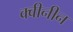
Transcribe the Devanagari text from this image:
क्वीनीन